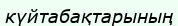
күйтабақтарының